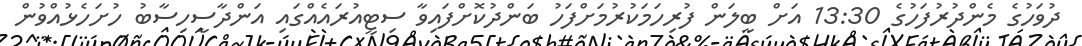
ދުވަހުގެ މެންދުރުފަހުގެ 13:30 އަށް ބީލަން ފުރިހަމަކުރުމަށްފަހު ބަންދުކޮށްފައިވާ ސިޓީއުރައެއްގައި އަންދާސީހިސާބު ހުށަހެޅުއްވުން